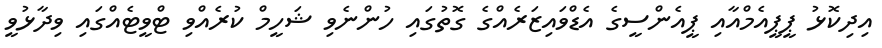
އިދިކޮޅު ޕީޕީއެމްއާއި ޕީއެންސީގެ އެޑްވައިޒަރެއްގެ ގޮތުގައި ހުންނެވި ޝަހީމް ކުރެއްވި ޓްވީޓެއްގައި ވިދާޅުވީ